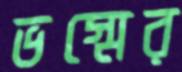
ভস্মের